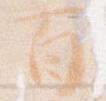
百